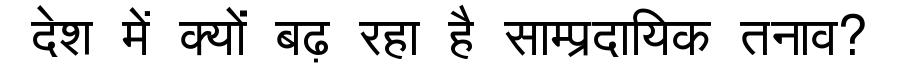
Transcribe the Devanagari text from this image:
देश में क्यों बढ़ रहा है साम्प्रदायिक तनाव?